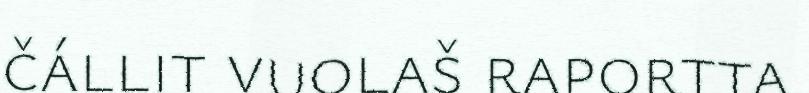
čállit vuolaš raportta